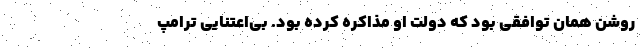
روشن همان توافقی بود که دولت او مذاکره کرده بود. بی‌اعتنایی ترامپ